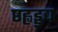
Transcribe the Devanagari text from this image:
ष्ठह्वड्डद्य